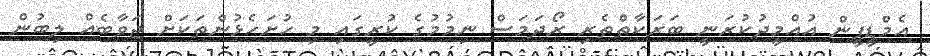
އެމްޑީޕީން އުއްމީދުކުރަނީ ބަރަކާތްތެރި ރޯދަމަސް ނިމުމުގެ ކުރީގައި މި ހުށަހެޅުންތަކަށް ޖަވާބެއް ލިބުން